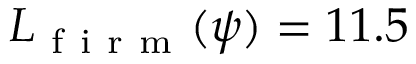
L _ { \mathrm { ~ f ~ i ~ r ~ m ~ } } ( \psi ) = 1 1 . 5 \